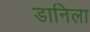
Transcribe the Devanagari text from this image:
डानिला